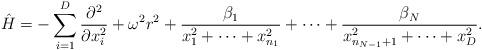
LaTeX: \begin{align*} \hat{H}=-\sum_{i=1}^{D}\frac{\partial^2}{\partial x_i^2}+\omega^2 r^2+\frac{\beta_1}{x_1^2+\cdots+x^2_{n_1}}+\cdots+\frac{\beta_N}{x^2_{n_{N-1}+1}+\cdots+x_D^2}.\end{align*}